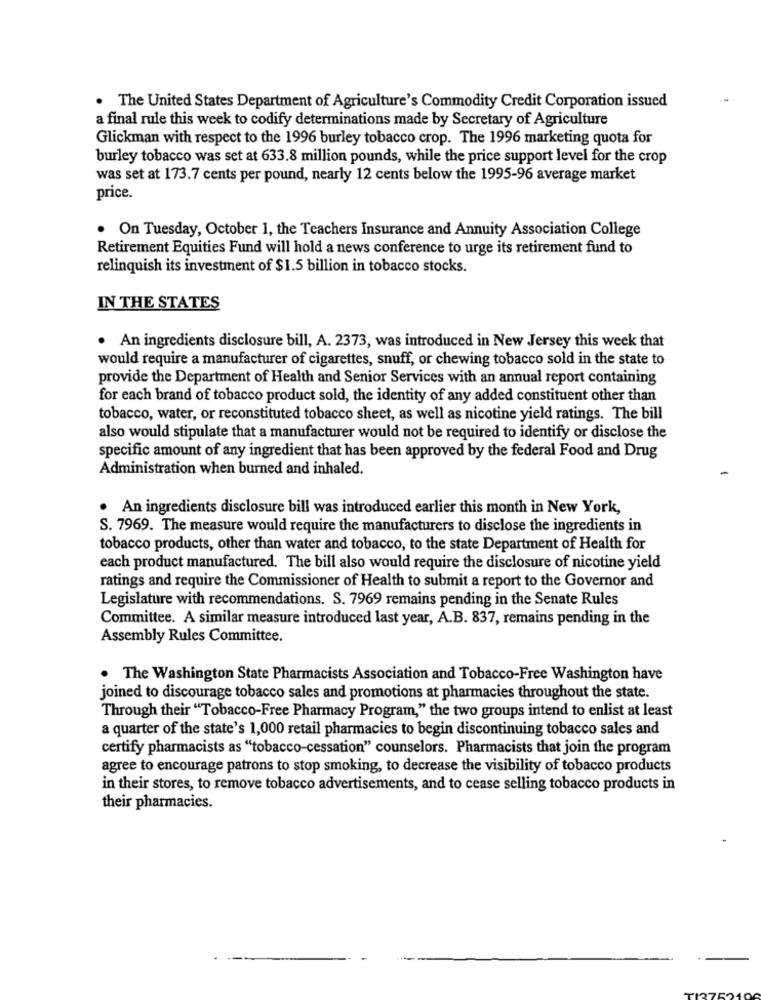
. The United States Department of Agriculture's Commodity Credit Corporation issued
a final rule this week to codify determinations made by Secretary of Agriculture
Glickman with respect to the 1996 burley tobacco crop. The 1996 marketing quota for
burley tobacco was set at 633.8 million pounds, while the price support level for the crop
was set at 173.7 cents per pound, nearly 12 cents below the 1995-96 average market
price.
. On Tuesday, October 1, the Teachers Insurance and Annuity Association College
Retirement Equities Fund will hold a news conference to urge its retirement fund to
relinquish its investment of $1.5 billion in tobacco stocks.
IN THE STATES
. An ingredients disclosure bill, A. 2373, was introduced in New Jersey this week that
would require a manufacturer of cigarettes, snuff, or chewing tobacco sold in the state to
provide the Department of Health and Senior Services with an annual report containing
for each brand of tobacco product sold, the identity of any added constituent other than
tobacco, water, or reconstituted tobacco sheet, as well as nicotine yield ratings. The bill
also would stipulate that a manufacturer would not be required to identify or disclose the
specific amount of any ingredient that has been approved by the federal Food and Drug
Administration when burned and inhaled.
. An ingredients disclosure bill was introduced earlier this month in New York,
S. 7969. The measure would require the manufacturers to disclose the ingredients in
tobacco products, other than water and tobacco, to the state Department of Health for
each product manufactured. The bill also would require the disclosure of nicotine yield
ratings and require the Commissioner of Health to submit a report to the Governor and
Legislature with recommendations. S. 7969 remains pending in the Senate Rules
Committee. A similar measure introduced last year, A.B. 837, remains pending in the
Assembly Rules Committee.
The Washington State Pharmacists Association and Tobacco-Free Washington have
joined to discourage tobacco sales and promotions at pharmacies throughout the state.
Through their "Tobacco-Free Pharmacy Program," the two groups intend to enlist at least
a quarter of the state's 1,000 retail pharmacies to begin discontinuing tobacco sales and
certify pharmacists as "tobacco-cessation" counselors. Pharmacists that join the program
agree to encourage patrons to stop smoking, to decrease the visibility of tobacco products
in their stores, to remove tobacco advertisements, and to cease selling tobacco products in
their pharmacies.